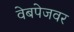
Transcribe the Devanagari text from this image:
वेबपेजवर